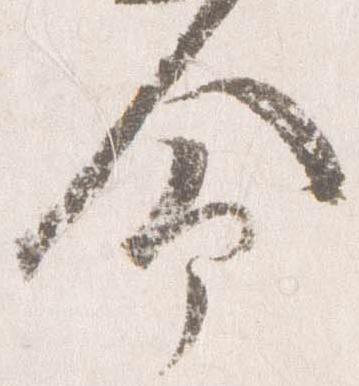
命